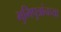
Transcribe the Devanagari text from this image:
भुमिपुत्रांनच्या